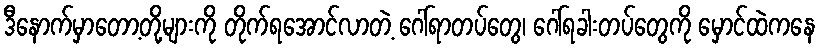
ဒီနောက်မှာတော့တို့များကို တိုက်ရအောင်လာတဲ့ ဂေါ်ရာတပ်တွေ၊ ဂေါ်ရခါးတပ်တွေကို မှောင်ထဲကနေ